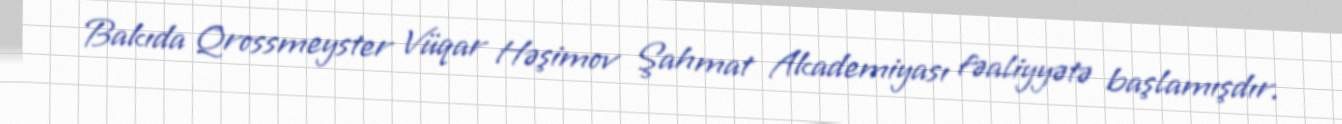
Bakıda Qrossmeyster Vüqar Həşimov Şahmat Akademiyası fəaliyyətə başlamışdır.